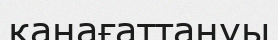
қанағаттануы